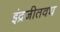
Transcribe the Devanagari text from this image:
इंद्रजीतवध